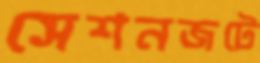
সেশনজটে